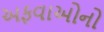
અફવાઓનો